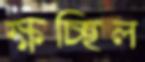
ক্ষচ্ছিল